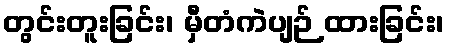
တွင်းတူးခြင်း၊ မှီတံကဲပျဉ် ထားခြင်း၊